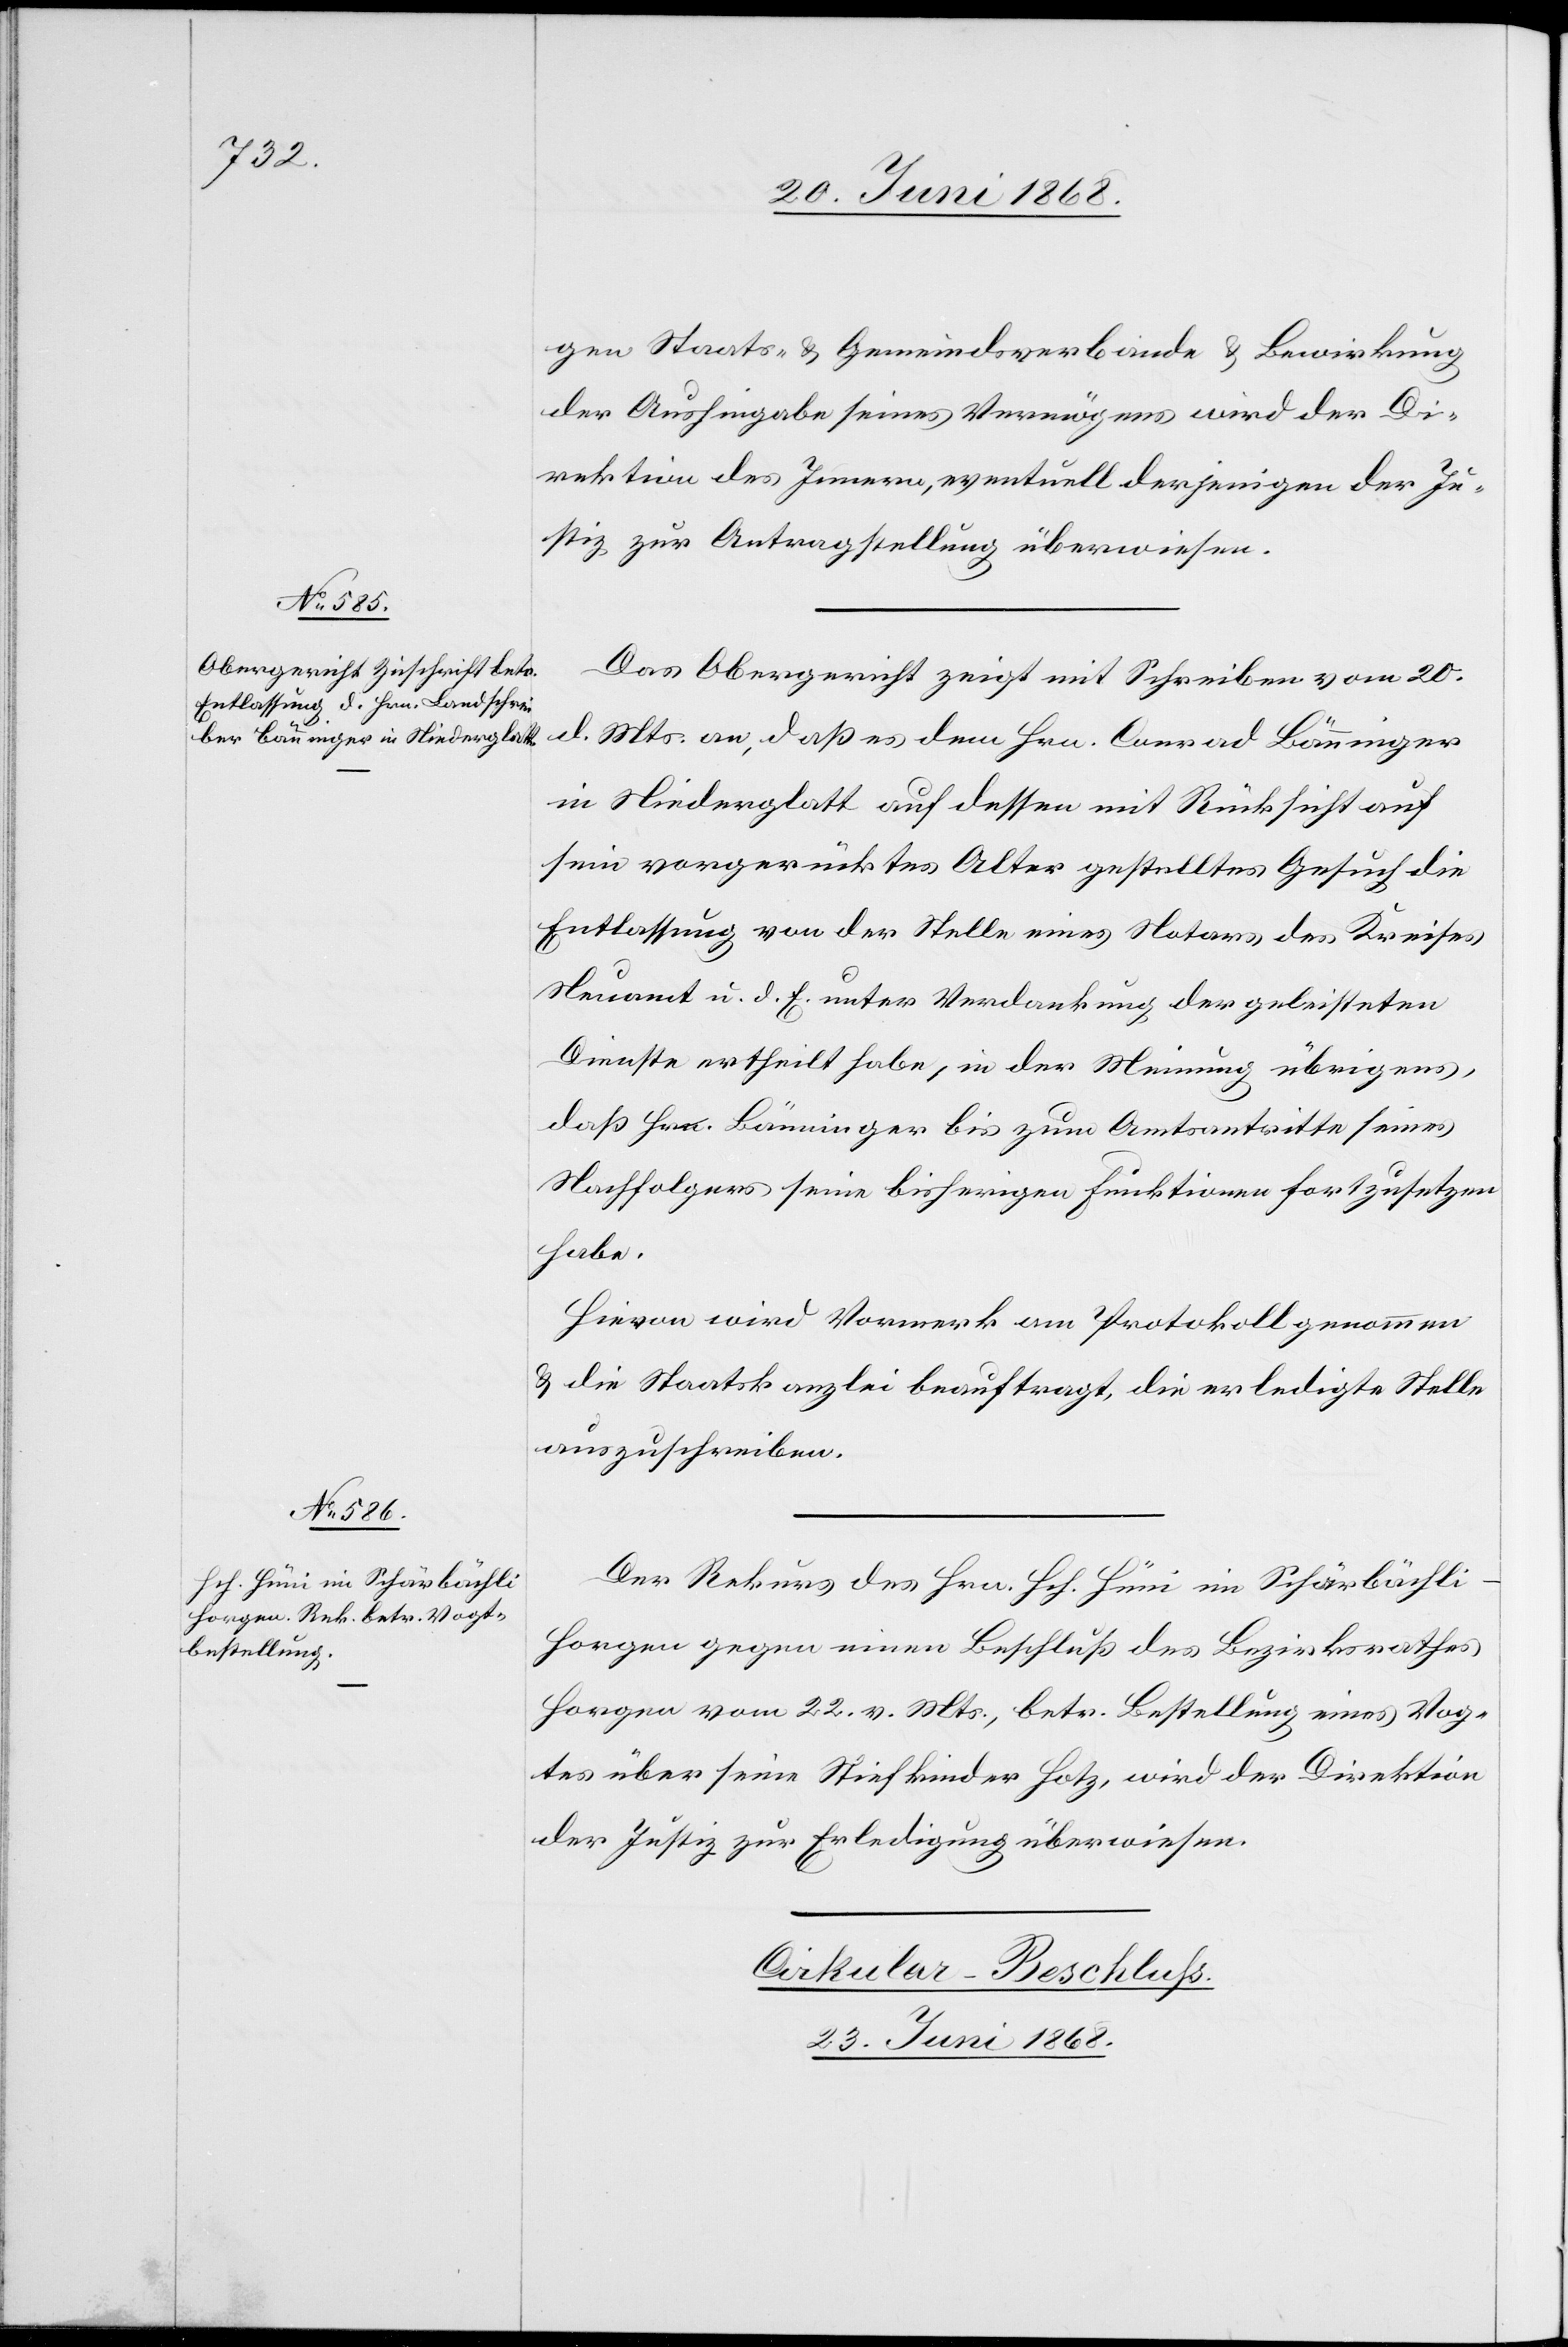
23. Juni 1868.
gen Staats- & Gemeindsverbande & Bewirkung
der Aushingabe seines Vermögens wird der Di¬
rektion des Innern, eventuell derjenigen der Ju¬
stiz zur Antragstellung überwiesen.
Das Obergericht zeigt mit Schreiben vom 20.
d. Mts. an, daß es dem Hrn. Conrad Bänninger
in Niederglatt auf dessen mit Rücksicht auf
sein vorgerücktes Alter gestelltes Gesuch die
Entlassung von der Stelle eines Notars des Kreises
Neuamt u. d. E. unter Verdankung der geleisteten
Dienste ertheilt habe, in der Meinung übrigens,
daß Hr. Bänninger bis zum Amtsantritte seines
Nachfolgers seine bisherigen Funktionen fortzusetzen
habe.
Hievon wird Vormerk am Protokoll genommen
& die Staatskanzlei beauftragt, die erledigte Stelle
auszuschreiben.
Der Rekurs des Hrn. Hch. Hüni im Schärbächli-H¬
orgen gegen einen Beschluß des Bezirksrathes
Horgen vom 22. v. Mts., betr. Bestellung eines Vog¬
tes über seine Stiefkinder Hotz, wird der Direktion
der Justiz zur Erledigung überwiesen.
Cirkular-Beschluss.